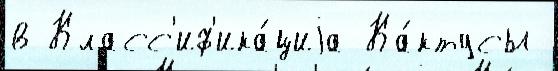
в Класс'иф'ика́циjа Ка́ктусы